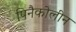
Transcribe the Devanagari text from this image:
पिनैकोलीन